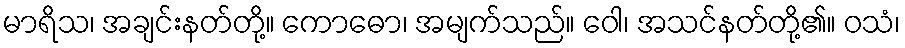
မာရိသ၊ အချင်းနတ်တို့။ ကောဓော၊ အမျက်သည်။ ဝေါ၊ အသင်နတ်တို့၏။ ဝသံ၊